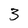
Character: 3